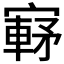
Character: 𫴀